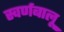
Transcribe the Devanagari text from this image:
स्वर्णबालू